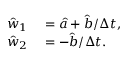
\begin{array} { r l } { \hat { w } _ { 1 } } & { { } = \hat { a } + \hat { b } / \Delta t , } \\ { \hat { w } _ { 2 } } & { { } = - \hat { b } / \Delta t . } \end{array}